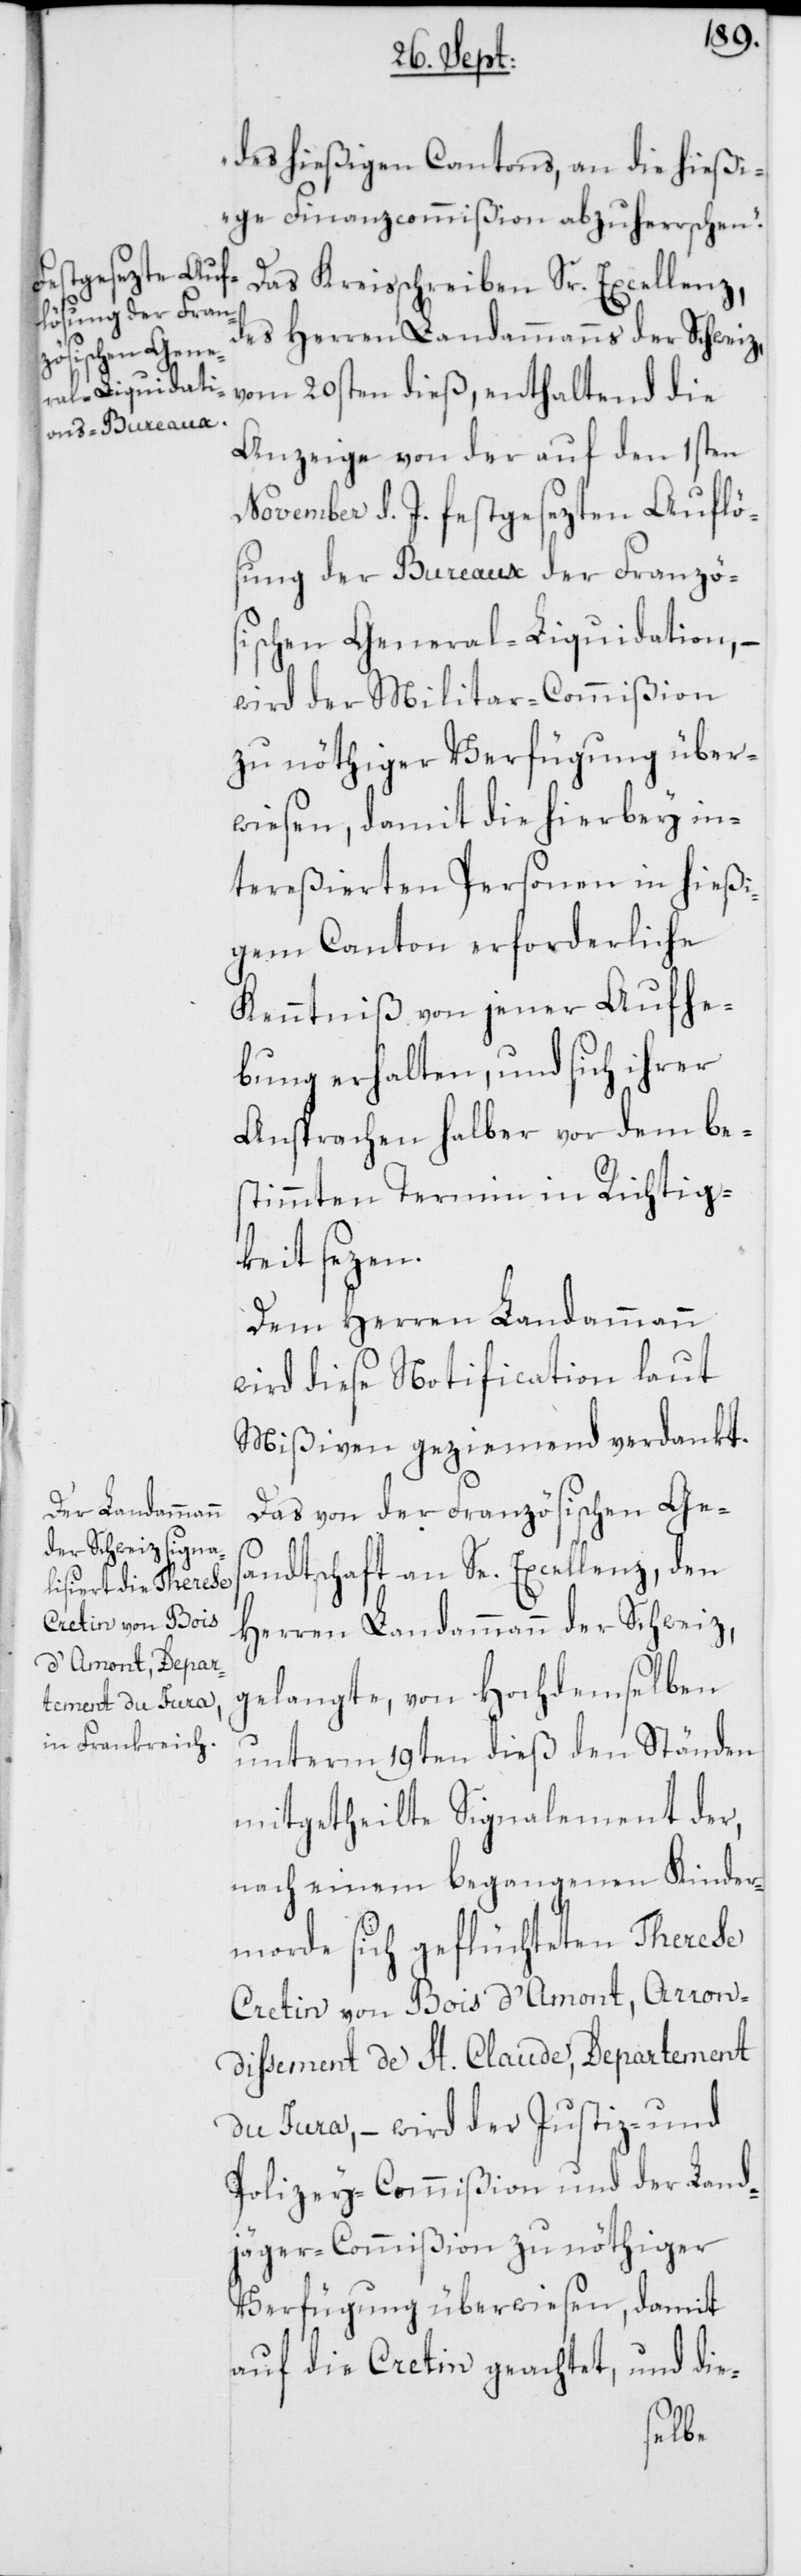
des hießigen Cantons, an die hießi¬
ge Finanzcommißion abzuherrschen.“
Das Kreisschreiben Sr. Excellenz,
des Herren Landammanns der Schweiz,
vom 20sten dieß, enthaltend die
Anzeige von der auf den 1sten
November d. J. festgesezten Auflö¬
sung der Bureaux der Franzö¬
sischen General-Liquidation, –
wird der Militar-Commißion
zu nöthiger Verfügung über¬
wiesen, damit die hierbey in¬
tereßierten Personen in hießi¬
gem Canton erforderliche
Kenntniß von jener Aufhe¬
bung erhalten, und sich ihrer
Ansprachen halber vor dem be¬
stimmten Termin in Richtig¬
keit sezen.
Dem Herren Landammann
wird diese Notification laut
Mißiven geziemend verdankt.
Das von der Französischen Ges¬
andtschaft an Se. Excellenz, den
Herren Landammann der Schweiz,
gelangte, von Hochdemselben
unterm 19ten dieß den Ständen
mitgetheilte Signalement der,
nach einem begangenen Kinder¬
morde sich geflüchteten Therese
Cretin von Bois d’Amont, Arron¬
dissement de St. Claude, Departement
du Jura, – wird der Justiz- und
Polizey-Commißion und der Land¬
jäger-Commißion zu nöthiger
Verfügung überwiesen, damit
auf die Cretin geachtet, und die-